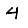
Digit: 4